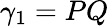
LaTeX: \gamma_{1}=PQ